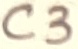
Text: C3